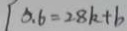
5 . 6 = 2 8 k + b